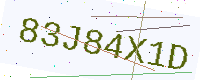
Text: 83J84X1D